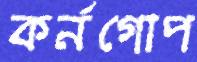
কর্নগোপ